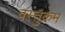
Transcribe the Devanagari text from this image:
वस्तुक्रम